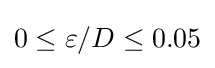
0\leq \varepsilon /D\leq 0.05